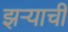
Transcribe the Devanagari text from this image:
झऱ्याची